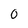
Character: 0